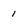
Character: 1